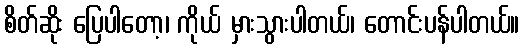
စိတ်ဆိုး ပြေပါတော့၊ ကိုယ် မှားသွားပါတယ်၊ တောင်းပန်ပါတယ်။